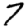
Digit: 7